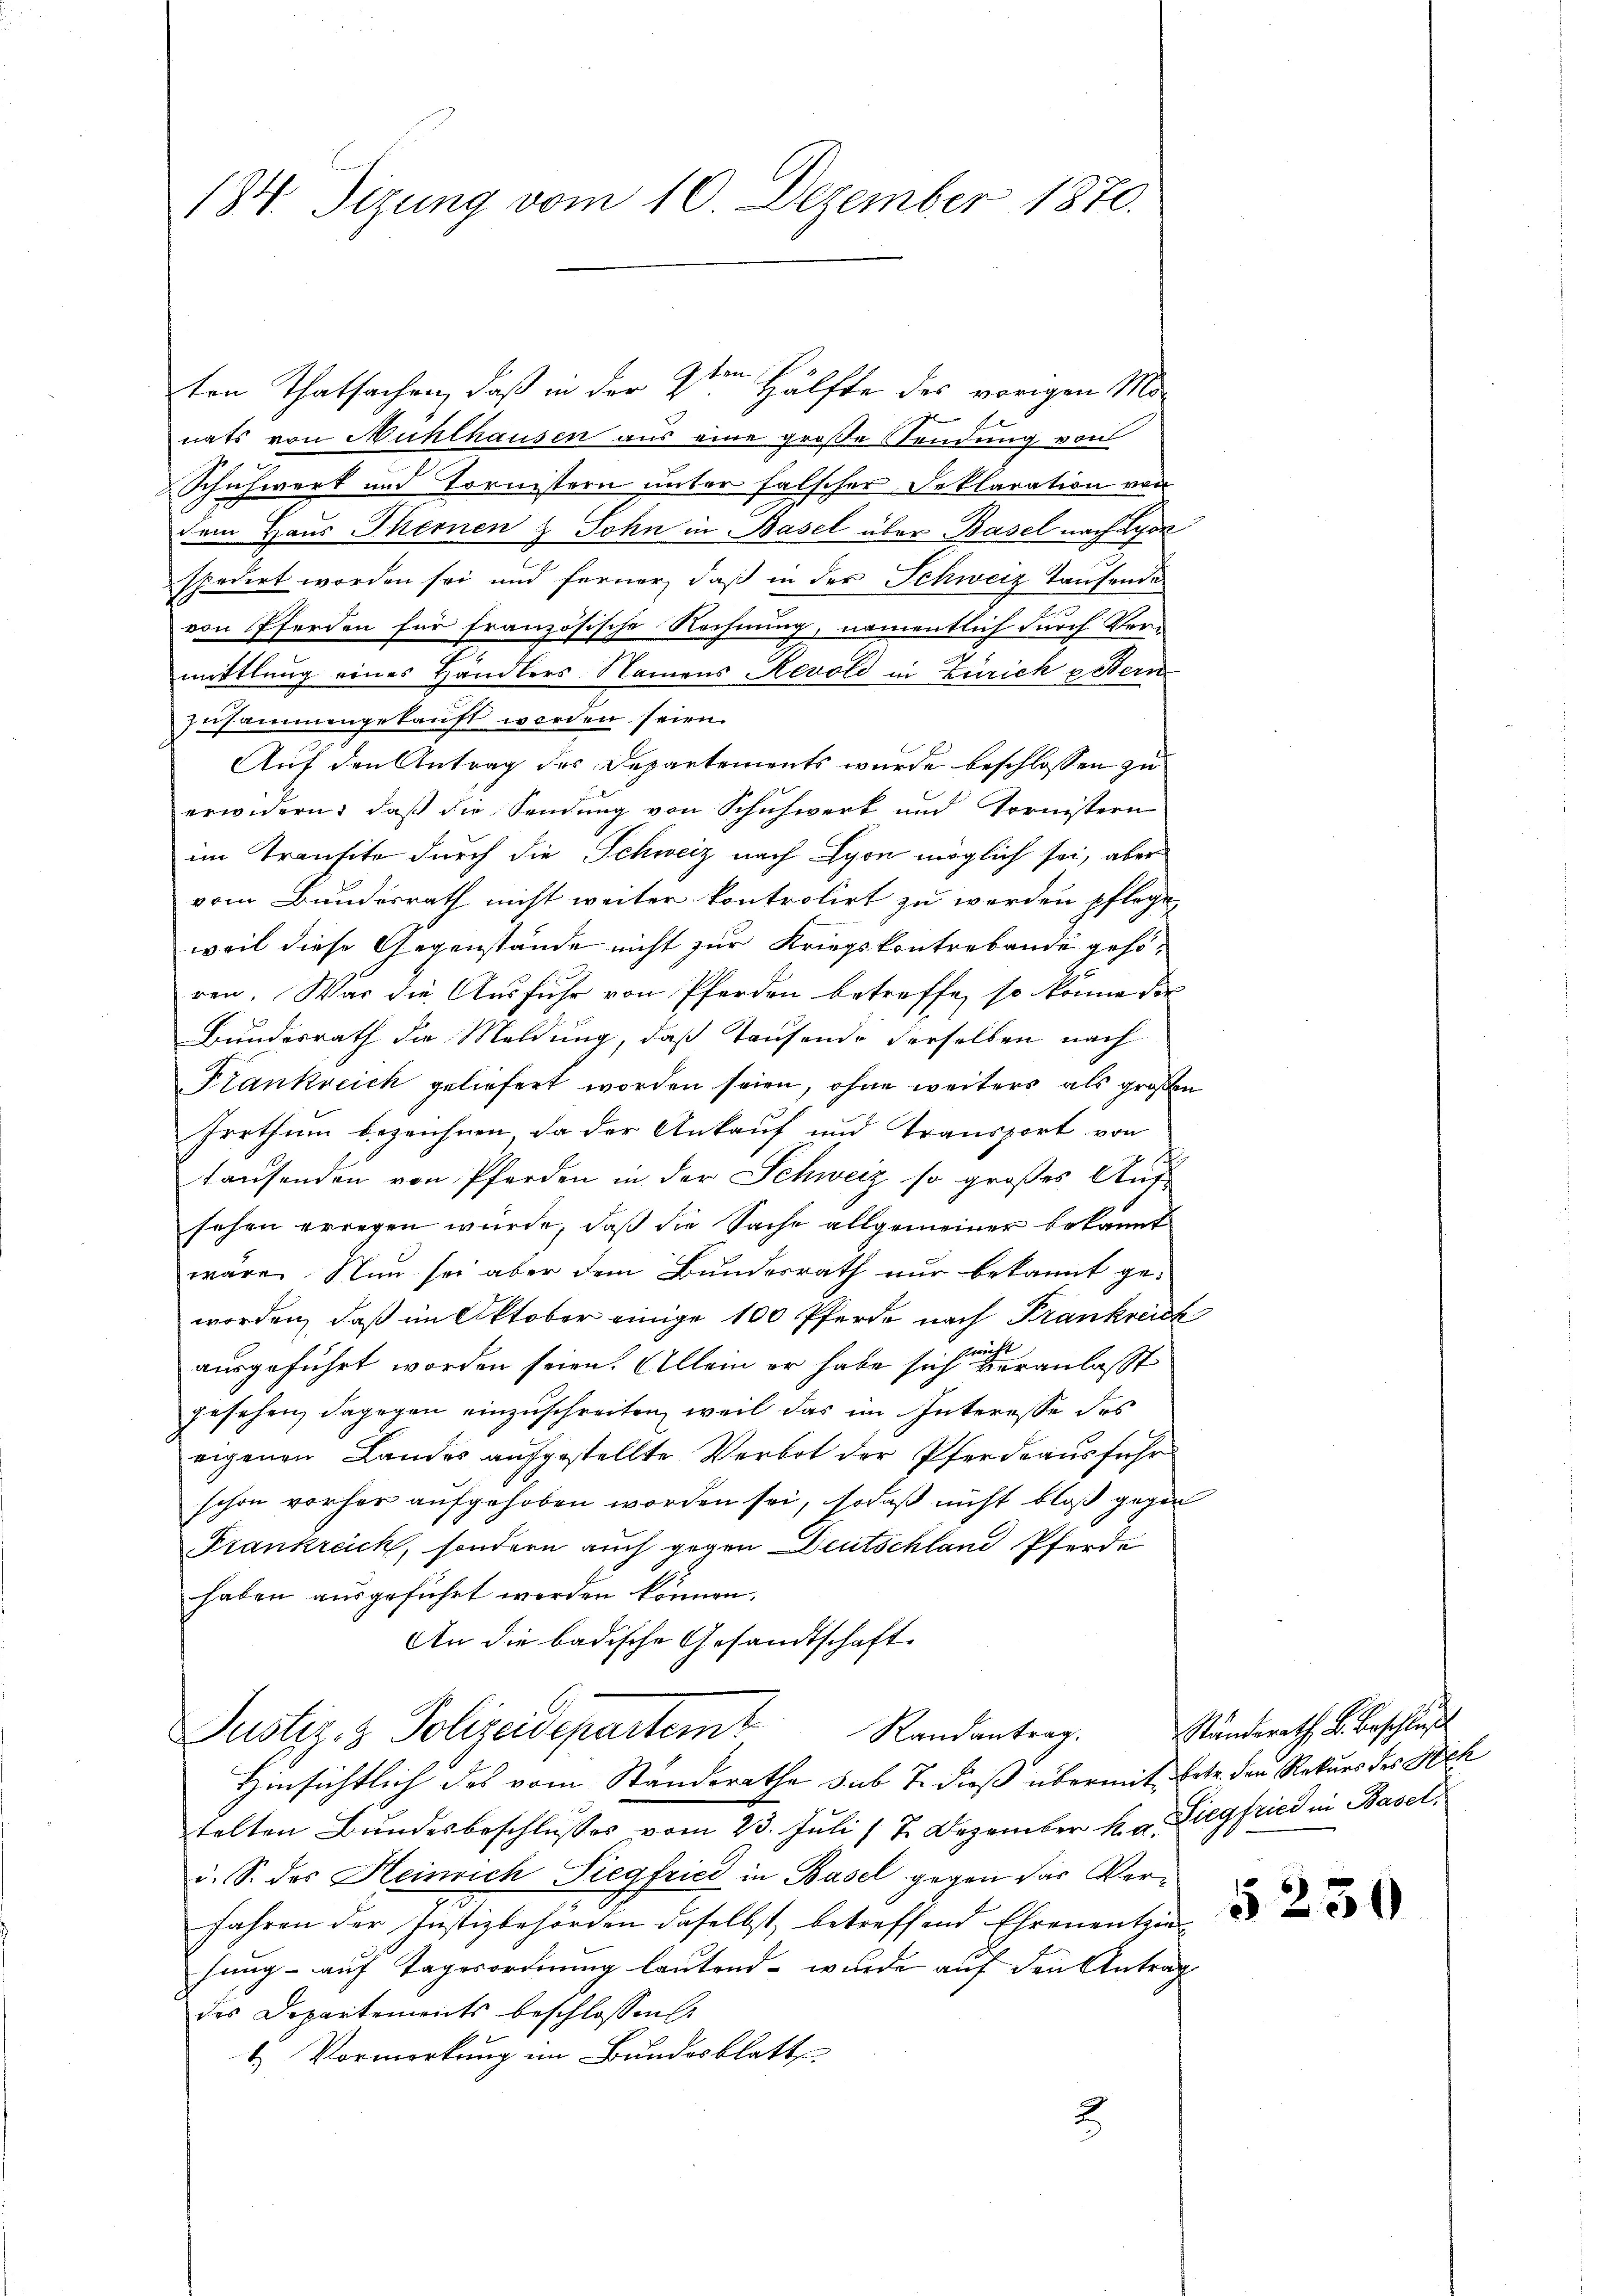
184. Sizung vom 10. Dezember 1870.

ten Thatsachen, daß in der 4ten Hälfte des vorigen Monats von Mühlhausen aus eine große Sendung von
Schuhwerk und Tornistern unter falscher Reklaration von
dem Haus Thernen & Sohn in Basel über Basel nach Lyon
spedirt worden sei und ferner, daß in der Schweiz Taufende
von Pferden für französische Rechnung, namentlich durch Vermittlung eines Händlers Namens Revold in Zürich Bern
zusammengekauft werden seien.
Auf den Antrag des Departements wurde beschlossen zu
erwidern: daß die Sendung von Schuhwerk und Tornistern
im Transite durch die Schweiz nach Lyon möglich sei, aber
vom Bundesrath nicht weiter kontrolirt zu werden pflege,
weil diese Gegenstände nicht zur Kriegskontrebende gehö-
ren. War die Ausfuhr von Pferden betreffe, so könne der
Bundesrath die Meldung, daß Tausende derselben nach
Frankreich geliefert worden seien, ohne weiters als großen
Irrthum bezeichnen, da der Ankauf und Transport von
tausenden von Pferden in der Schweiz so großes Aufsehen erregen würde, daß die Sache allgemeiner bekannt
wäre. Nun sei aber dem Bundesrath nur bekannt geworden, daß im Oktober einige 100 Pferde nach Frankreich
n
ausgeführt worden seien. Allein er habe sich veranlaßt
gesehen, dagegen einzuschreiten, weil das im Interesse des
eigenen Landes aufgestellte Verbot der Pferdeausführ
schon vorher aufgehoben worden sei, sodaß nicht bloß gegen
Frankreich, sondern auch gegen Deutschland Pferde
haben ausgeführt werden können.
An die badische Gesandtschaft.
Justiz- & Polizeidepartemt Randantrag.
Hinsichtlich des vom Standerathe sub 7. dieß übermit betr. den Rekurs des Neh
telten Bundesbeschlusses vom 23. Juli 17. Dezember k. a. Siegfried in Basel,
i. S. des Heinrich Siegfried in Basel gegen das Ver¬
Jahren der Justizbehörden daselbst, betreffend Ehrenentzie
hung auf Tagesordnung lautend wurde auf den Antrag
des Departements beschlossen:
1. Vormerkung im Bundesblatt
2

Ständerath B. Beschluß

§ 230